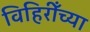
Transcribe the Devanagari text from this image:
विहिरीँच्या